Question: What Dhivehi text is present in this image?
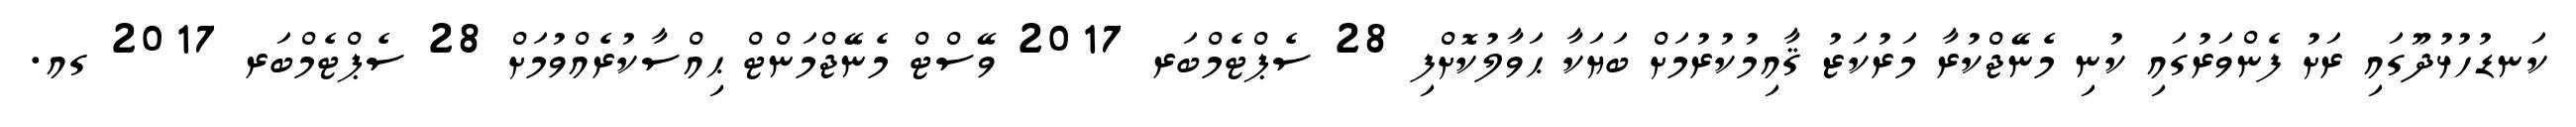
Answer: ކަނޑުހުޅުދޫގައި ރަށު ފެންވަރުގައި ކުނި މެނޭޖްކުރާ މަރުކަޒު ޤާއިމުކުރުމަށް ބަޔަކާ ޙަވާލުކޮށްފި 28 ސެޕްޓެމްބަރ 2017 ވޭސްޓް މެނޭޖްމަންޓް ޙިއްސާކުރެއްވުމަށް 28 ސެޕްޓެމްބަރ 2017 ގއ.